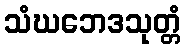
သံဃဘေဒသုတ္တံ